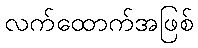
လက်ထောက်အဖြစ်